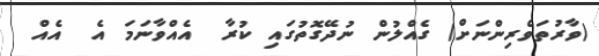
(ވާރުތަވެރިންނަށް) ގެއްލުން ނުދޭގޮތުގައި ކުރާ  އެއްވާނަމަ އެ  އެއް